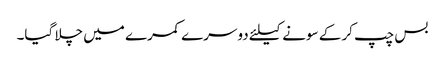
بس چپ کر کے سونے کیلئے دوسرے کمرے میں چلا گیا۔